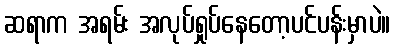
ဆရာက အရမ်း အလုပ်ရှုပ်နေတော့ပင်ပန်းမှာပဲ။